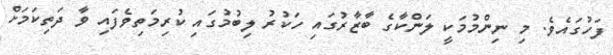
ފަހުގައެވެ. މި ނިންމުމަކީ ލަންކާގެ ބާޒާރުގައި ހަކުރު ލިބުމުގައި ކުރިމަތިވެފައި ވާ ދަތިކަމަށް